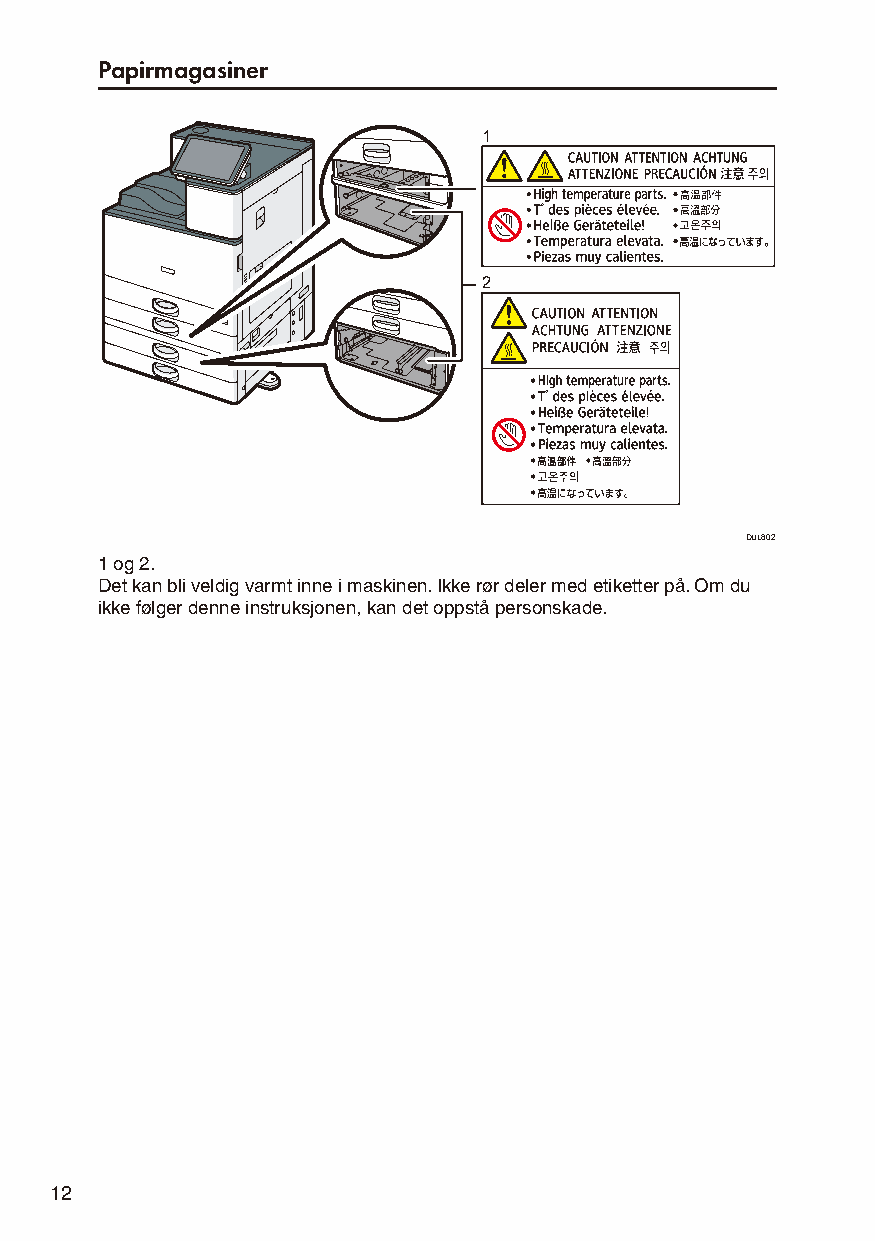
Papirmagasiner
 1
 2
 DUL802
 1 og 2.
 Det kan bli veldig varmt inne i maskinen. Ikke rør deler med etiketter på. Om du
 ikke følger denne instruksjonen, kan det oppstå personskade.
 12